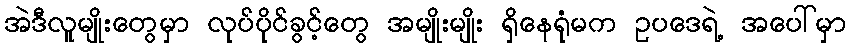
အဲဒီလူမျိုးတွေမှာ လုပ်ပိုင်ခွင့်တွေ အမျိုးမျိုး ရှိနေရုံမက ဥပဒေရဲ့ အပေါ်မှာ